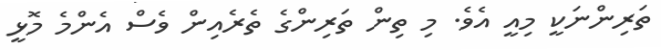
ތަރިންނަކީ މިއީ އެވެ. މި ތިން ތަރިންގެ ތެރެއިން ވެސް އެންމެ މޮޅީ